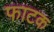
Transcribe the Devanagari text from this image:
फाटक